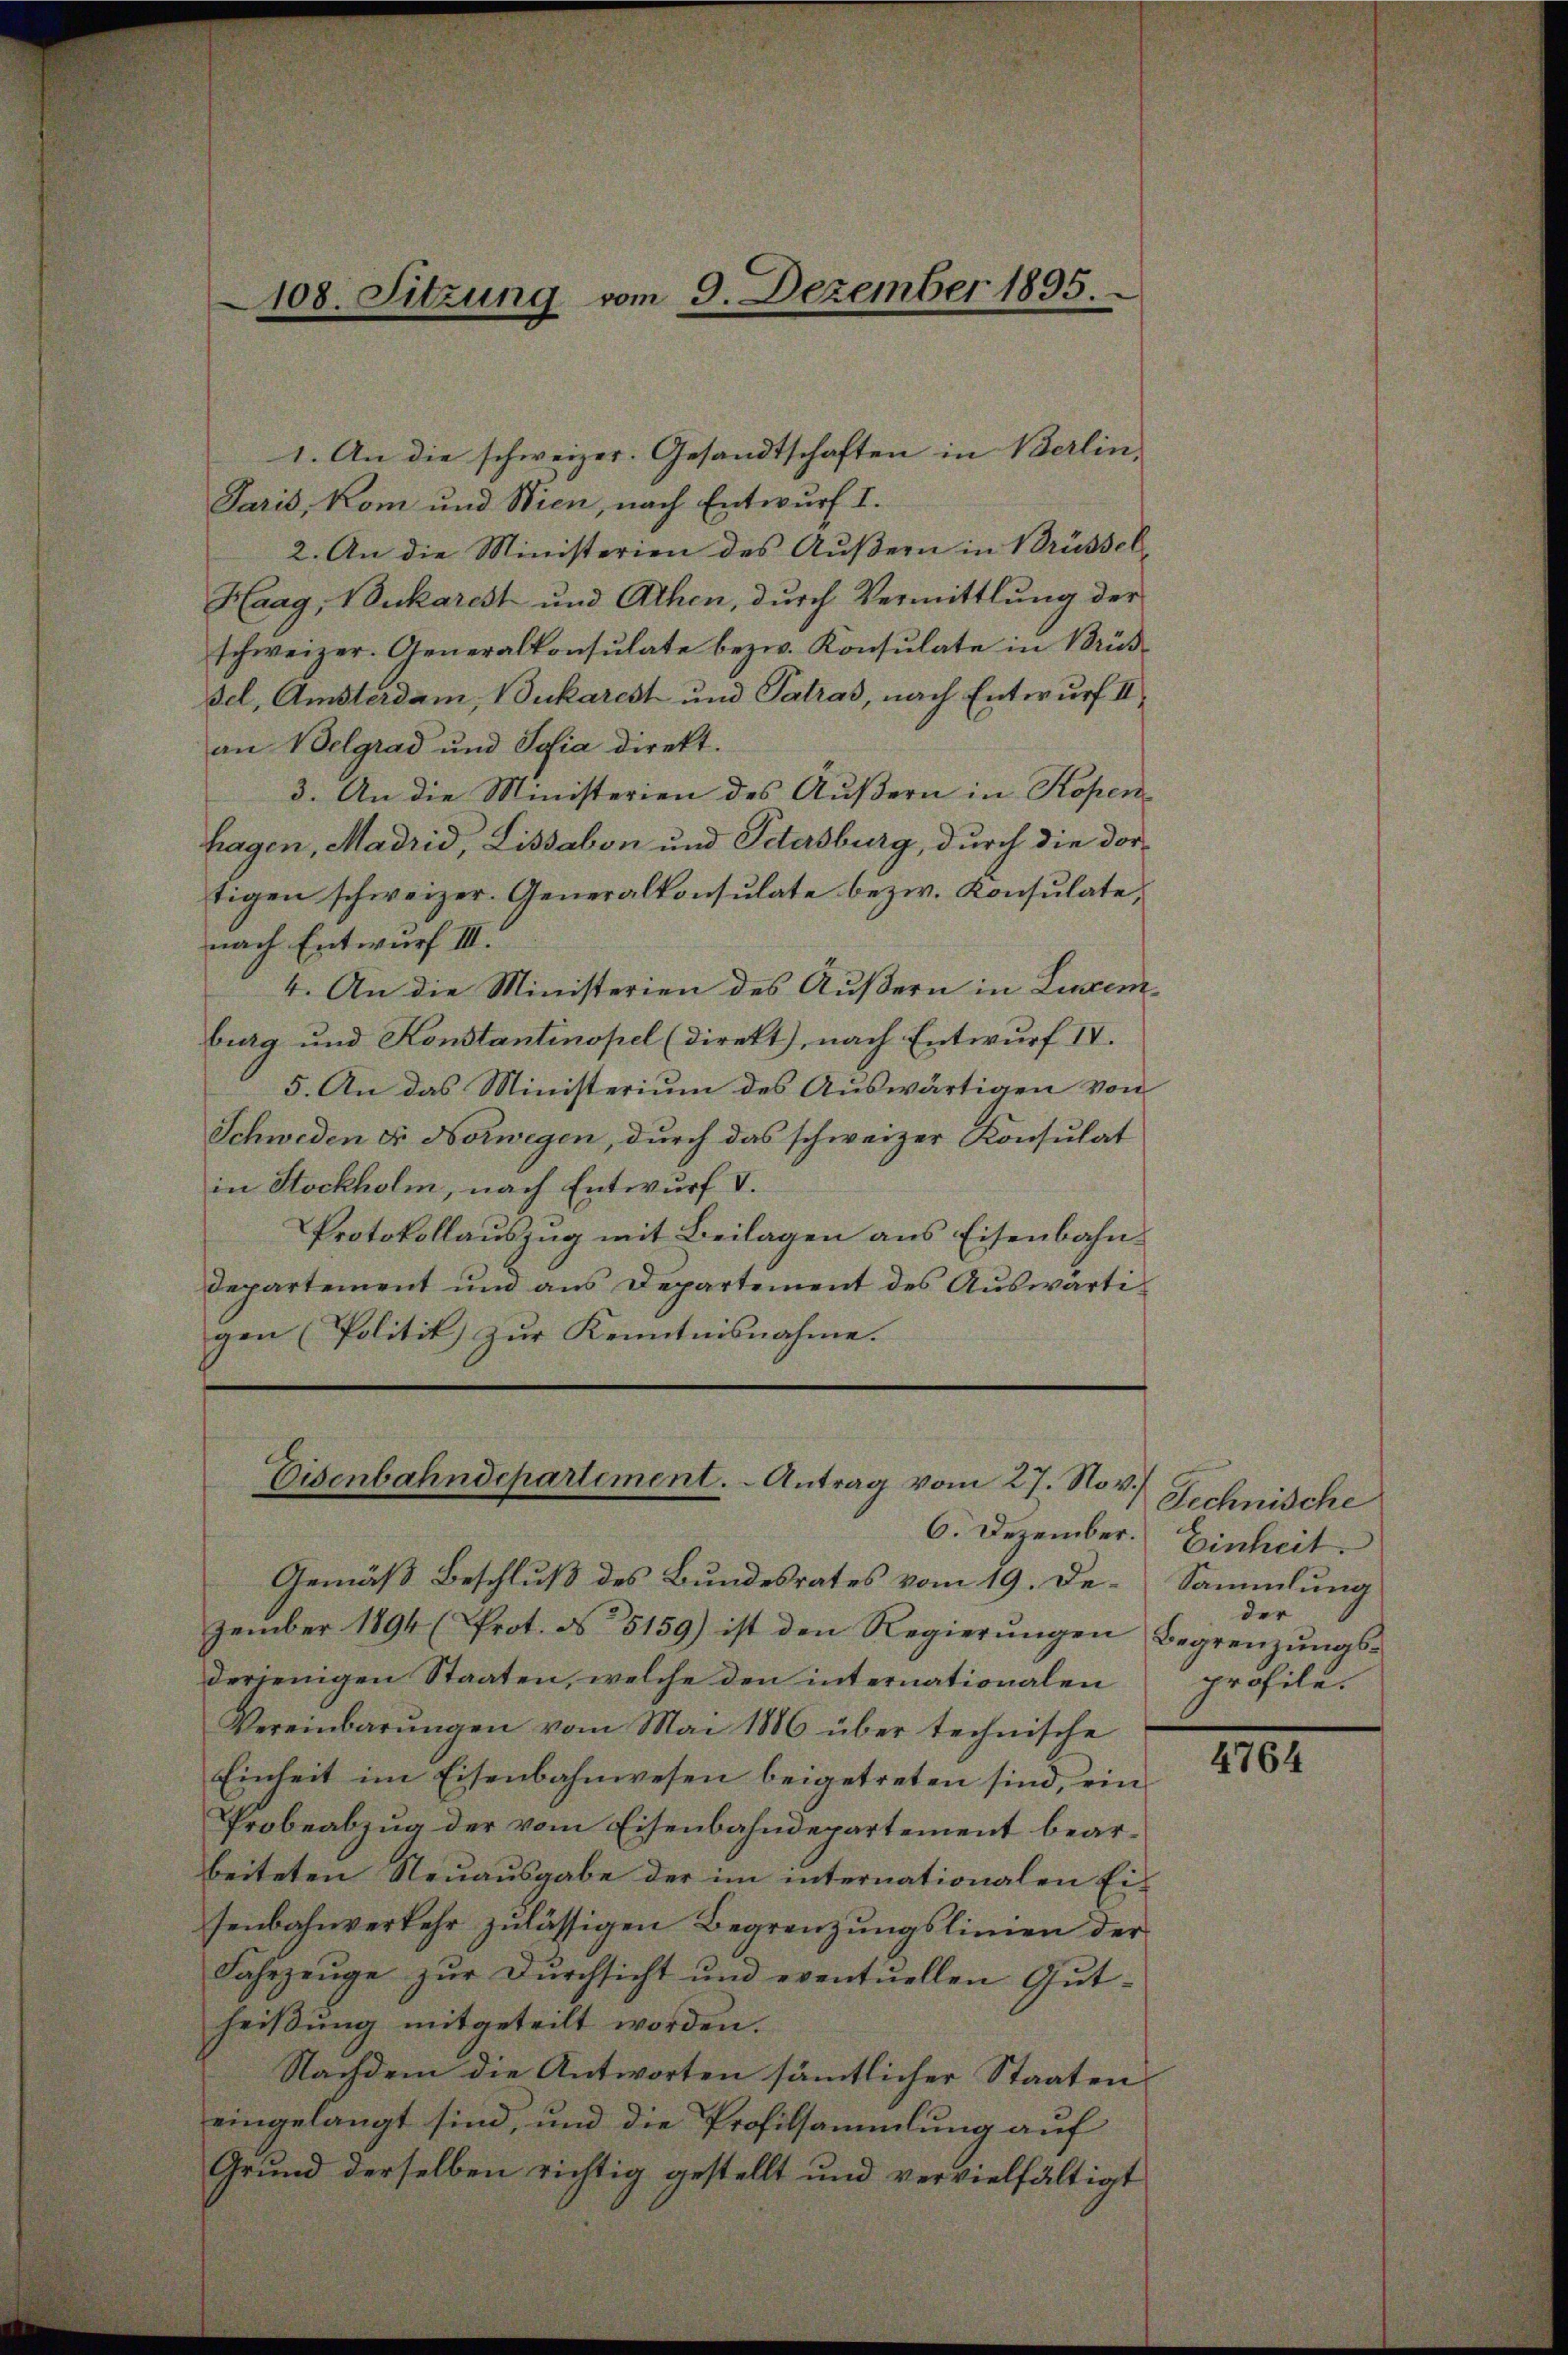
108. Sitzung vom 9. Dezember 1895.

1. An die schweizer. Gesandtschaften in Berlin-
Paris, Kom und Wien, nach Entwurf I.
2. An die Ministerien des Äußern in Brüssel
Haag, Vukarest und Athen, durch Vermittlung der
schweizer. Generalkonsulate bezw. Konsulate in Brüs¬
Fel, Amsterdam, Dukarest und Patras, nach Entwurf II,
an Belgrad und Josia direkt.
3. An die Ministerien des Äußern in Kopenfragen, Madrid, Lissabon und Petersburg, durch die dortigen schweizer. Generalkonsulate bezw. Konsulate,
nach Entwurf III.
4. An die Ministerien des Äußern in Luzemburg und Konstantinopel (direkt), nach Entwurf IV.
5. An das Ministerium des Auswärtigen von
Schweden dr Norwegen, durch das schweizer Konsulat
in Stockholm, nach Entwurf v.
Protokollauszug mit Beilagen aus Eisenbahn¬
Departement und aus Departement des Auswärtigen (Politik zur Kenntnisnahme.

Eisenbahndepartement. - Antrag vom 27. Nov.
6. Dezember. Einheit.

Gemäß Beschluß des Bundesrates vom 19. De- Sammlung
zember 1894 (Prot. No 5159) ist den Regierŭngen begrenzungsderjenigen Staaten, welche den internationalen
Vereinbarŭngen vom Mai 1886 über technische
Einheit im Eisenbahnwesen beigetreten sind, ein¬
Probeabzug der vom Eisenbahndepartement bearbeiteten Neuausgabe der im internationalen Eisenbahnverkehr zulässigen Begrenzungslinien der
Fahrzeuge zur Durchsicht und eventuellen Gutheißung mitgeteilt worden.
Nachdem die Antworten sämmtlicher Staaten
eingelangt sind, und die Profilsammlung auf
Grund derselben richtig gestellt und vervielfältigt

Technische
der
profile.

4764